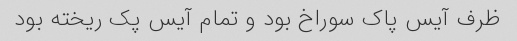
ظرف آیس پاک سوراخ بود و تمام آیس پک ریخته بود